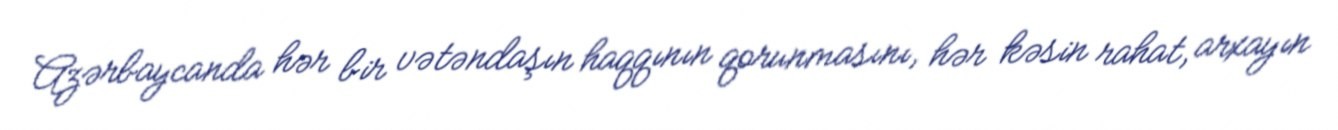
Azərbaycanda hər bir vətəndaşın haqqının qorunmasını, hər kəsin rahat, arxayın